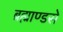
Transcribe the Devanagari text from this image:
ब्रह्माण्डसे